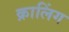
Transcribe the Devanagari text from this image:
क्रालिंग